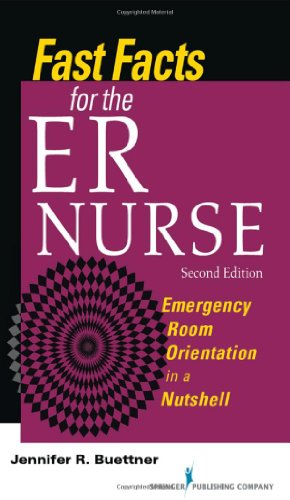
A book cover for Fast Facts for the ER Nurse: Emergency Room Orientation in a Nutshell, Second Edition; Jennifer Buettner RN  CEN; Medical Books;